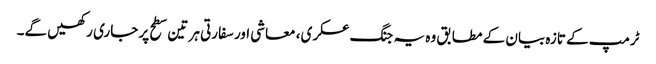
ٹرمپ کے تازہ بیان کے مطابق وہ یہ جنگ عسکری، معاشی اور سفارتی ہر تین سطح پر جاری رکھیں گے۔